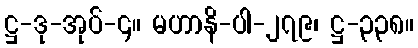
ဋ္ဌ-ဒု-အုပ်-၄။ မဟာနိ-ပါ-၂၇၉၊ ဋ္ဌ-၃၃၈။